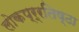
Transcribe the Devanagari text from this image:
लोकप्र्रतिष्ठा